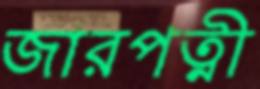
জারপত্নী